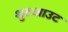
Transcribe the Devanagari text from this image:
शुटआउट